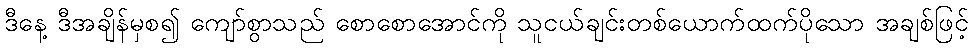
ဒီနေ့ ဒီအချိန်မှစ၍ ကျော်စွာသည် စောစောအောင်ကို သူငယ်ချင်းတစ်ယောက်ထက်ပိုသော အချစ်ဖြင့်